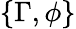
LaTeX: \{ \Gamma,\phi\}